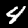
Label: 4